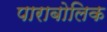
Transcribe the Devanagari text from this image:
पाराबोलिक